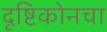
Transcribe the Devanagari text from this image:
दृष्टिकोनचा